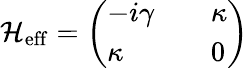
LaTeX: \mathcal{H}_{\mathrm{{eff}}}=\left(\begin{array}{lll}{-i\gamma}&{}&{\kappa}\\ {\kappa}&{}&{0}\end{array}\right)